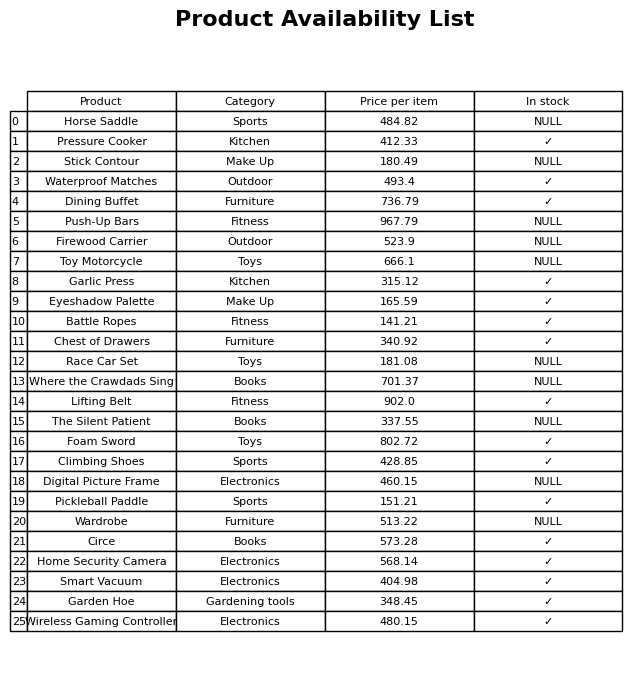
question: What is the price of the Circe?
answer: The price of Circe is 573.28.